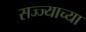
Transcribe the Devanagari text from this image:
सज्ज्याच्या